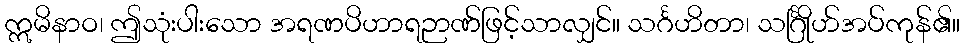
ဣမိနာဝ၊ ဤသုံးပါးသော အရဏပိဟာရဉာဏ်ဖြင့်သာလျှင်။ သင်္ဂဟိတာ၊ သင်္ဂြိုဟ်အပ်ကုန်၏။